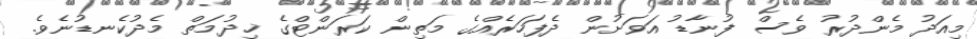
މިއަދު މެންދުރު ވެސް ފުނާޑު އަވަށުން ދެފަހަރެއްގެ މަތިން ކަރަންޓްގެ ޚިދުމަތް މެދުކެނޑުނެވެ.